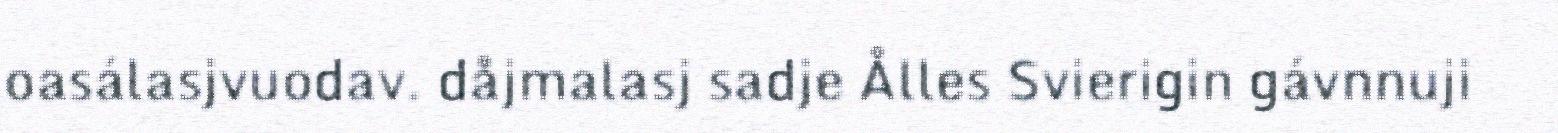
oasálasjvuodav. dåjmalasj sadje Ålles Svierigin gávnnuji